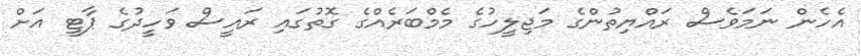
އެހެން ނަމަވެސް ރައްޔިތުންގެ މަޖިލީހުގެ މެމްބަރެއްގެ ގޮތުގައި ރައީސް ވަހީދުގެ ޕާޓީ އަށް